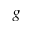
g